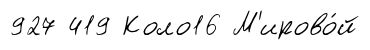
927 419 Коло16 М'ирово́й